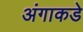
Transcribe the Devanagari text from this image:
अंगाकडे